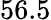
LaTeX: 56.5